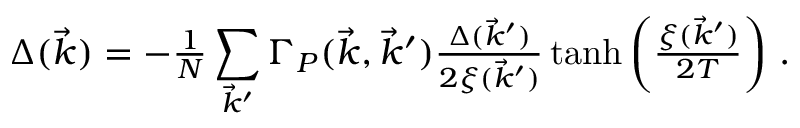
\Delta ( \vec { k } ) = - { \textstyle { \frac { 1 } { N } } } \sum _ { \vec { k } ^ { \prime } } \Gamma _ { P } ( \vec { k } , \vec { k } ^ { \prime } ) { \textstyle { \frac { \Delta ( \vec { k } ^ { \prime } ) } { 2 \xi ( \vec { k } ^ { \prime } ) } } } \operatorname { t a n h } \left( { \textstyle { \frac { \xi ( \vec { k } ^ { \prime } ) } { 2 T } } } \right) \, .